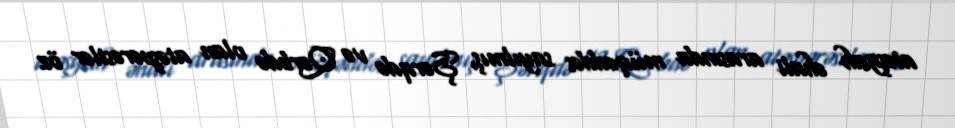
atəşgah əhali arasında müqəddəs sayılmış, Şərqdə və Qərbdə olan atəşpərəstlər öz